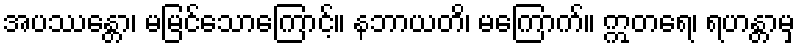
အပဿန္တော၊ မမြင်သောကြောင့်။ နဘာယတိ၊ မကြောက်။ ဣတရေ၊ ရဟန္တာမှ